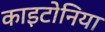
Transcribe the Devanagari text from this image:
काइटोनिया